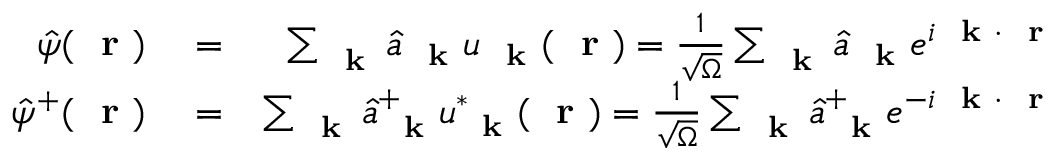
\begin{array} { r l r } { \hat { \psi } ( \mathrm { ~ \bf ~ r ~ } ) } & { { } = } & { \sum _ { \mathrm { ~ \bf ~ k ~ } } \hat { a } _ { \mathrm { ~ \bf ~ k ~ } } u _ { \mathrm { ~ \bf ~ k ~ } } ( \mathrm { ~ \bf ~ r ~ } ) = \frac { 1 } { \sqrt { \Omega } } \sum _ { \mathrm { ~ \bf ~ k ~ } } \hat { a } _ { \mathrm { ~ \bf ~ k ~ } } e ^ { i \mathrm { ~ \bf ~ k ~ } \cdot \mathrm { ~ \bf ~ r ~ } } } \\ { \hat { \psi } ^ { + } ( \mathrm { ~ \bf ~ r ~ } ) } & { { } = } & { \sum _ { \mathrm { ~ \bf ~ k ~ } } \hat { a } _ { \mathrm { ~ \bf ~ k ~ } } ^ { + } u _ { \mathrm { ~ \bf ~ k ~ } } ^ { * } ( \mathrm { ~ \bf ~ r ~ } ) = \frac { 1 } { \sqrt { \Omega } } \sum _ { \mathrm { ~ \bf ~ k ~ } } \hat { a } _ { \mathrm { ~ \bf ~ k ~ } } ^ { + } e ^ { - i \mathrm { ~ \bf ~ k ~ } \cdot \mathrm { ~ \bf ~ r ~ } } } \end{array}